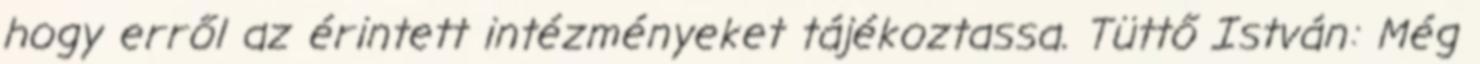
hogy erről az érintett intézményeket tájékoztassa. Tüttő István: Még